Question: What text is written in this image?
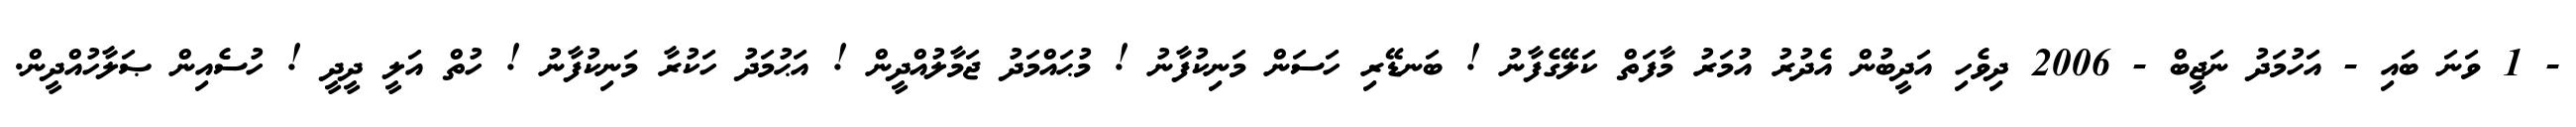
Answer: - 1 ވަނަ ބައި - އަހުމަދު ނަޖީބް - 2006 ދިވެހި އަދީބުން އެދުރު އުމަރު މާފަތް ކަލޭގެފާނު ! ބަނޑޭރި ހަސަން މަނިކުފާނު ! މުޙައްމަދު ޖަމާލުއްދީން ! އަޙުމަދު ހަކުރާ މަނިކުފާނު ! ހުތް އަލީ ދީދީ ! ހުސެއިން ޞަލާހުއްދީން.